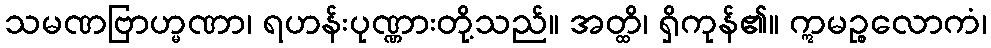
သမဏဗြာဟ္မဏာ၊ ရဟန်းပုဏ္ဏားတို့သည်။ အတ္ထိ၊ ရှိကုန်၏။ ဣမဉ္စလောကံ၊